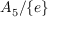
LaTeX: A _ { 5 } / \lbrace e \rbrace